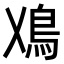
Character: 𩾘